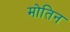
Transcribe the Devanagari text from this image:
मोतिन